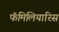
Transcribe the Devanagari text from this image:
फॅमिलियारिस